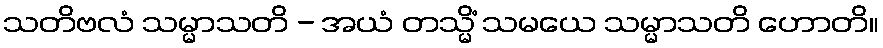
သတိဗလံ သမ္မာသတိ - အယံ တသ္မိံ သမယေ သမ္မာသတိ ဟောတိ။